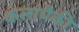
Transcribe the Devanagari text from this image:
कलांपैकी